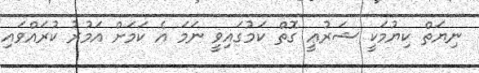
ނިޔަތް ކިޔުމަކީ ޝަރުޢީ ގޮތް ކަމުގައިވީ ނަމަ އެ ކަމަށް އަމުރު ކުރައްވައި